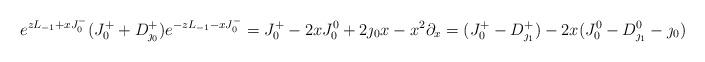
LaTeX: \begin{align*}e^{zL_{-1}+xJ^-_0}(J^+_0+D^+_{\jmath_0}) e^{-zL_{-1}-xJ^-_0}=J^+_0-2xJ^0_0+2\jmath_0 x -x^2\partial_x=(J^+_0-D^+_{\jmath_1})-2x(J^0_0-D^0_{\jmath_1}-\jmath_0)\end{align*}